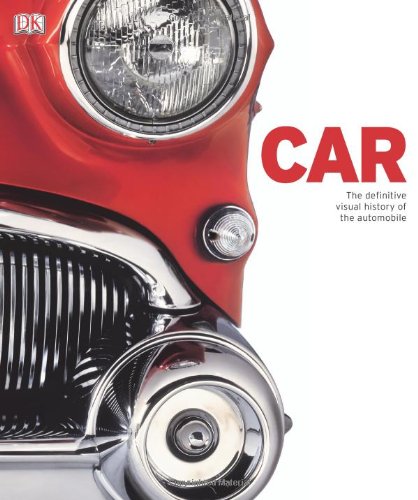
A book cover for Car: The Definitive Visual History of the Automobile; DK Publishing; Arts & Photography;